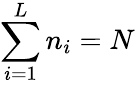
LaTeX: {\sum_{i=1}^{L}n_{i}=N}